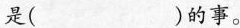
是( )的事。